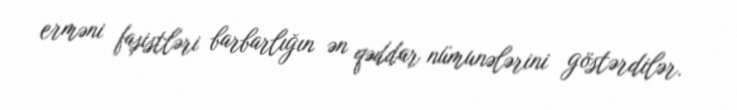
erməni faşistləri barbarlığın ən qəddar nümunələrini göstərdilər.